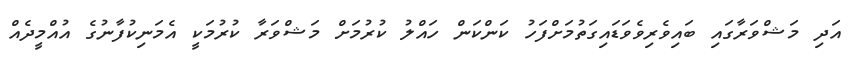
އަދި މަޝްވަރާގައި ބައިވެރިވެވަޑައިގަތުމަށްފަހު ކަންކަން ހައްލު ކުރުމަށް މަޝްވަރާ ކުރުމަކީ އެމަނިކުފާނުގެ އުއްމީދެއް